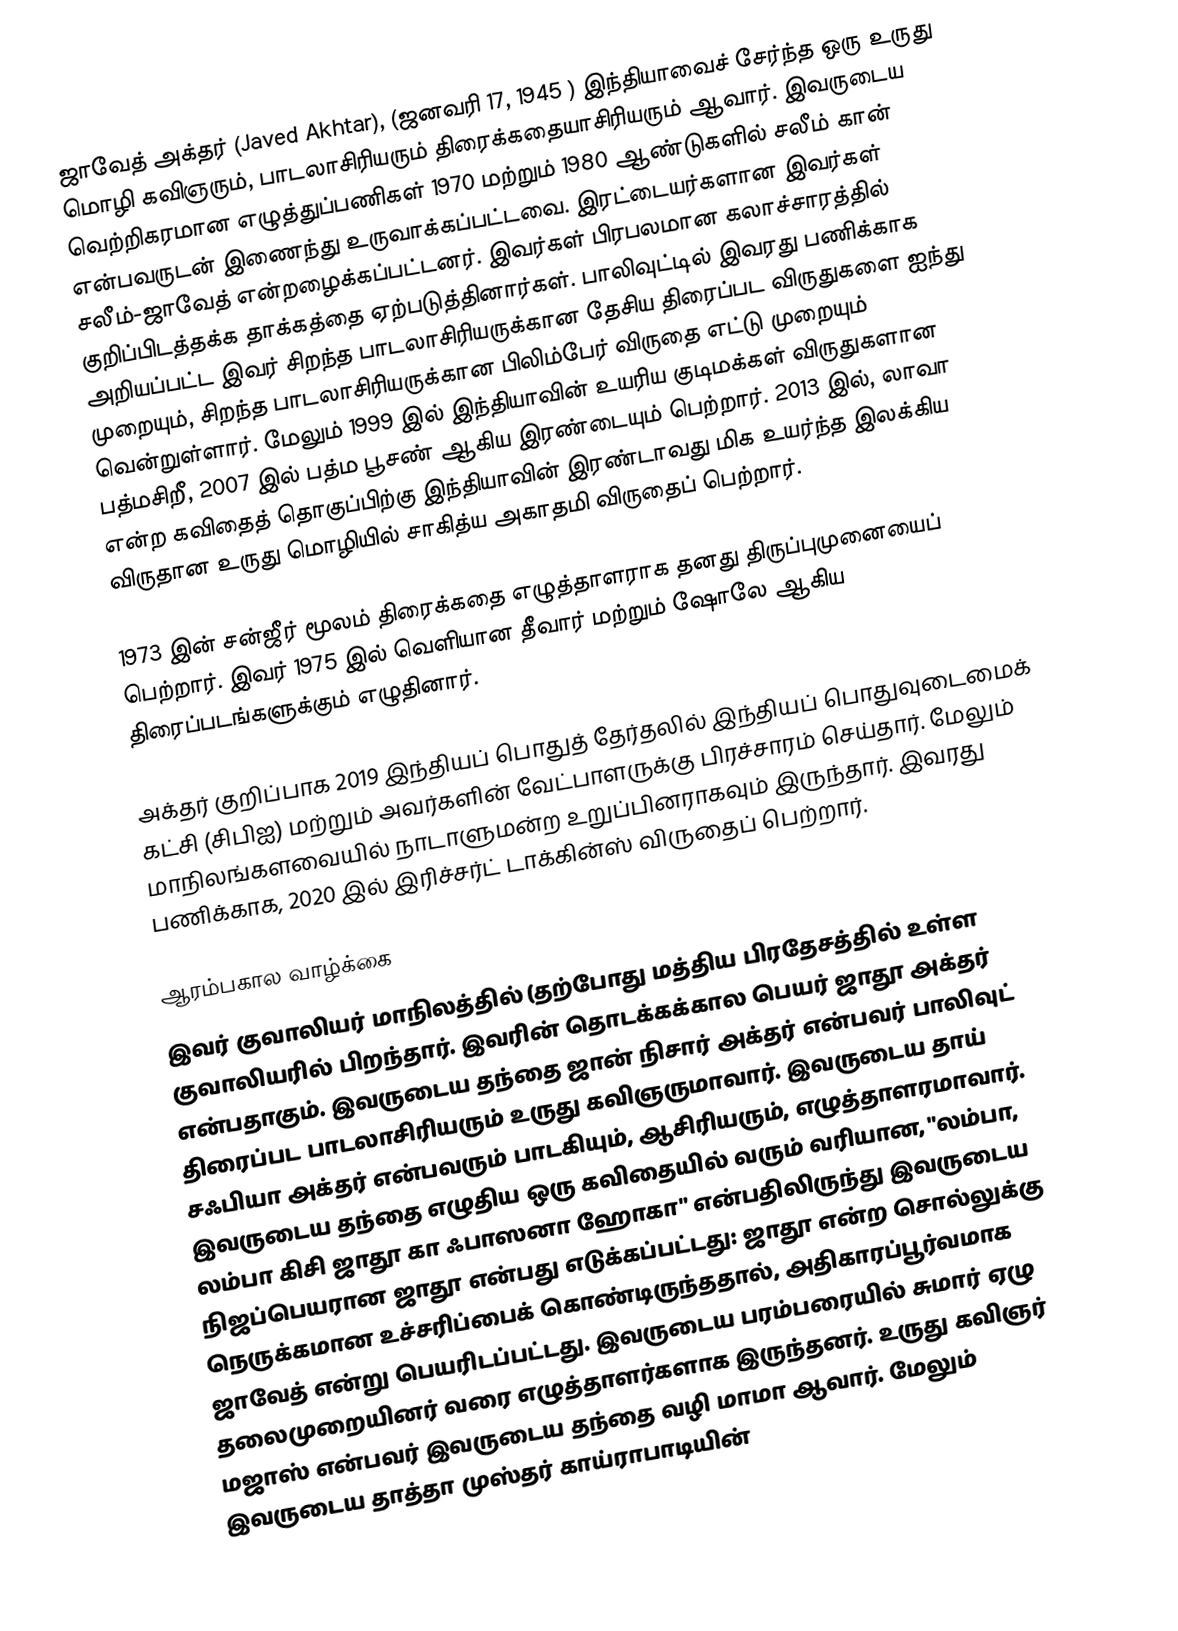
ஜாவேத் அக்தர் (Javed Akhtar), (ஜனவரி 17, 1945 ) இந்தியாவைச் சேர்ந்த ஒரு உருது மொழி கவிஞரும், பாடலாசிரியரும் திரைக்கதையாசிரியரும் ஆவார். இவருடைய வெற்றிகரமான எழுத்துப்பணிகள் 1970 மற்றும் 1980 ஆண்டுகளில் சலீம் கான் என்பவருடன் இணைந்து உருவாக்கப்பட்டவை.  இரட்டையர்களான இவர்கள் சலீம்-ஜாவேத் என்றழைக்கப்பட்டனர். இவர்கள் பிரபலமான கலாச்சாரத்தில் குறிப்பிடத்தக்க தாக்கத்தை ஏற்படுத்தினார்கள். பாலிவுட்டில் இவரது பணிக்காக அறியப்பட்ட இவர் சிறந்த பாடலாசிரியருக்கான தேசிய திரைப்பட விருதுகளை ஐந்து முறையும், சிறந்த பாடலாசிரியருக்கான பிலிம்பேர் விருதை எட்டு முறையும் வென்றுள்ளார். மேலும் 1999 இல் இந்தியாவின் உயரிய குடிமக்கள் விருதுகளான பத்மசிறீ, 2007 இல் பத்ம பூசண் ஆகிய இரண்டையும் பெற்றார்.  2013 இல், லாவா  என்ற கவிதைத் தொகுப்பிற்கு இந்தியாவின் இரண்டாவது மிக உயர்ந்த இலக்கிய விருதான உருது மொழியில் சாகித்ய அகாதமி விருதைப் பெற்றார்.

1973 இன் சன்ஜீர் மூலம் திரைக்கதை எழுத்தாளராக தனது திருப்புமுனையைப் பெற்றார். இவர் 1975 இல் வெளியான தீவார் மற்றும் ஷோலே ஆகிய திரைப்படங்களுக்கும் எழுதினார்.

அக்தர் குறிப்பாக 2019 இந்தியப் பொதுத் தேர்தலில் இந்தியப் பொதுவுடைமைக் கட்சி (சிபிஐ) மற்றும் அவர்களின் வேட்பாளருக்கு பிரச்சாரம் செய்தார். மேலும் மாநிலங்களவையில் நாடாளுமன்ற உறுப்பினராகவும் இருந்தார்.  இவரது பணிக்காக, 2020 இல் இரிச்சர்ட் டாக்கின்ஸ் விருதைப் பெற்றார்.

ஆரம்பகால வாழ்க்கை
இவர் குவாலியர் மாநிலத்தில் (தற்போது மத்திய பிரதேசத்தில் உள்ள குவாலியரில் பிறந்தார். இவரின் தொடக்கக்கால பெயர் ஜாதூ அக்தர் என்பதாகும். இவருடைய தந்தை ஜான் நிசார் அக்தர் என்பவர் பாலிவுட் திரைப்பட பாடலாசிரியரும் உருது கவிஞருமாவார். இவருடைய தாய் சஃபியா அக்தர் என்பவரும் பாடகியும், ஆசிரியரும், எழுத்தாளரமாவார். இவருடைய தந்தை எழுதிய ஒரு கவிதையில் வரும் வரியான, "லம்பா, லம்பா கிசி ஜாதூ கா ஃபாஸனா ஹோகா" என்பதிலிருந்து இவருடைய நிஜப்பெயரான ஜாதூ என்பது எடுக்கப்பட்டது: ஜாதூ என்ற சொல்லுக்கு நெருக்கமான உச்சரிப்பைக் கொண்டிருந்ததால், அதிகாரப்பூர்வமாக ஜாவேத் என்று பெயரிடப்பட்டது. இவருடைய பரம்பரையில் சுமார் ஏழு தலைமுறையினர் வரை எழுத்தாளர்களாக இருந்தனர். உருது கவிஞர் மஜாஸ் என்பவர் இவருடைய தந்தை வழி மாமா ஆவார். மேலும் இவருடைய தாத்தா முஸ்தர் காய்ராபாடியின்